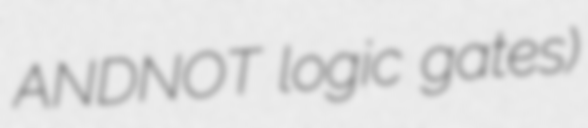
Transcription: ANDNOT logic gates)